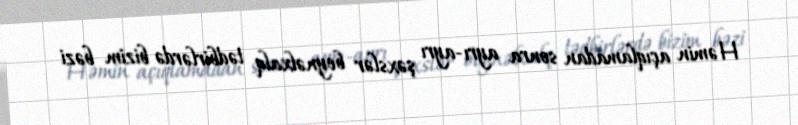
Həmin açıqlamadan sonra ayrı-ayrı şəxslər beynəlxalq tədbirlərdə bizim bəzi